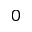
0